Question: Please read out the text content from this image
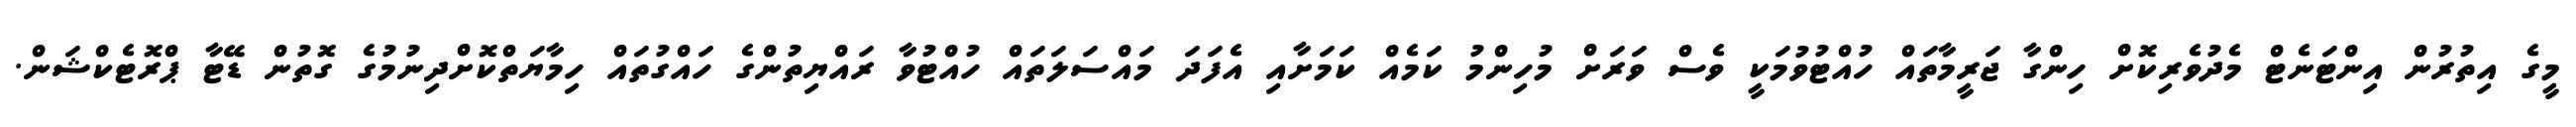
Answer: މީގެ އިތުރުން އިންޓަނެޓް މެދުވެރިކޮށް ހިންގާ ޖަރީމާތައް ހުއްޓުވުމަކީ ވެސް ވަރަށް މުހިންމު ކަމެއް ކަމަށާއި އެފަދަ މައްސަލަތައް ހުއްޓުވާ ރައްޔިތުންގެ ހައްގުތައް ހިމާޔަތްކޮށްދިނުމުގެ ގޮތުން ޑޭޓާ ޕްރޮޓެކްޝަން.